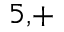
^ { 5 , + }